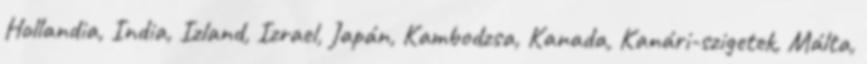
Hollandia, India, Izland, Izrael, Japán, Kambodzsa, Kanada, Kanári-szigetek, Málta,